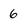
Character: 6